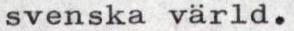
svenska värld.